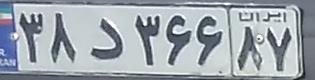
۳۸د۳۶۶۸۷